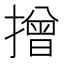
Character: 𢴣